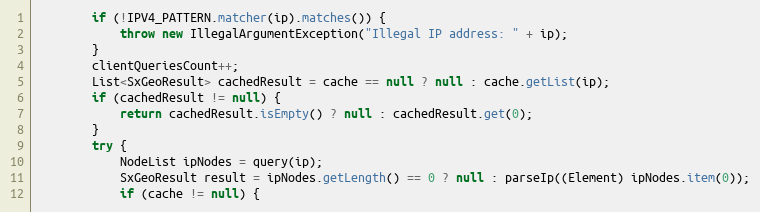
Language: Java
        if (!IPV4_PATTERN.matcher(ip).matches()) {
            throw new IllegalArgumentException("Illegal IP address: " + ip);
        }
        clientQueriesCount++;
        List<SxGeoResult> cachedResult = cache == null ? null : cache.getList(ip);
        if (cachedResult != null) {
            return cachedResult.isEmpty() ? null : cachedResult.get(0);
        }
        try {
            NodeList ipNodes = query(ip);
            SxGeoResult result = ipNodes.getLength() == 0 ? null : parseIp((Element) ipNodes.item(0));
            if (cache != null) {